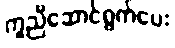
ကူညီဆောင်ရွက်ပေး